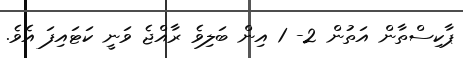
ޕާކިސްތާން އަތުން 2- 1 އިން ބަލިވެ ރާއްޖެ ވަނީ ކަޓައިފަ އެވެ.